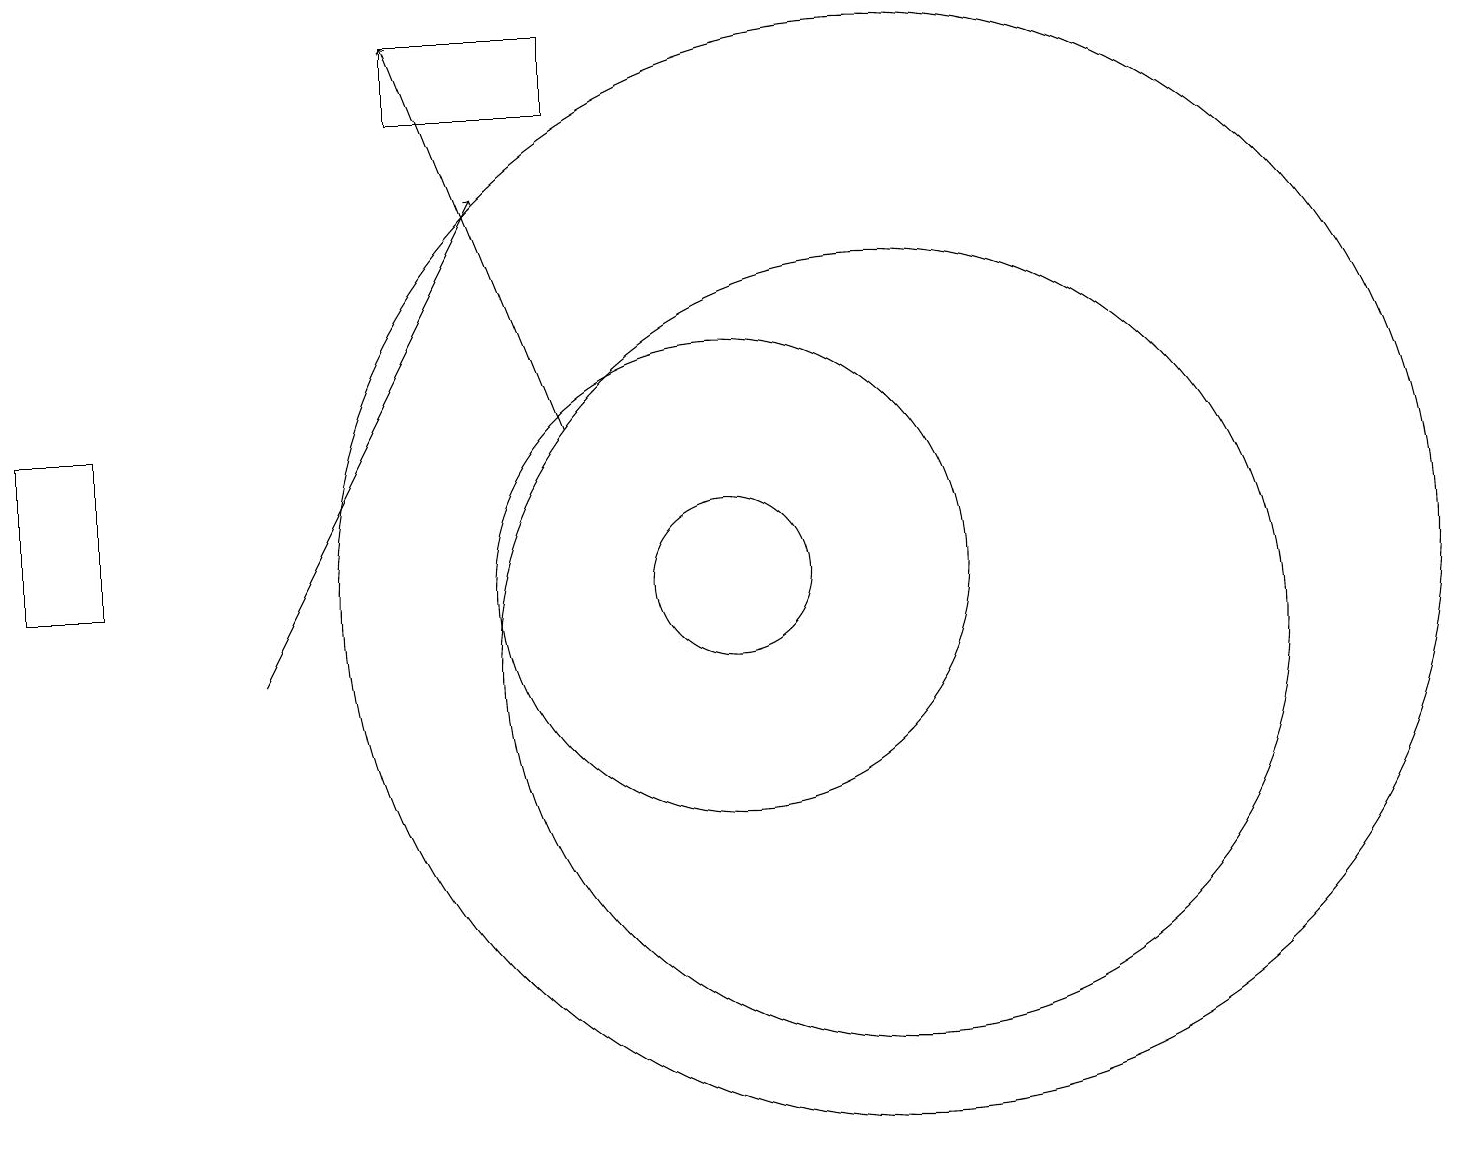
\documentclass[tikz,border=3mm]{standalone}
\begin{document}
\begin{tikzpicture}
\draw (12,11) circle (7);
\draw (6,17) rectangle (8,18);
\draw[->] (4,10) -- (7,16);
\draw (2,11) rectangle (1,13);
\draw (12,10) circle (5);
\draw[->] (8,13) -- (6,18);
\draw (10,11) circle (1);
\draw (10,11) circle (3);
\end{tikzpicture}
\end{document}